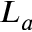
L _ { a }